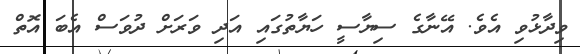
ވިދާޅުވި އެވެ. އޭނާގެ ސިޔާސީ ހަޔާތުގައި އަދި ވަރަށް ދުވަސް އެބަ އޮތް